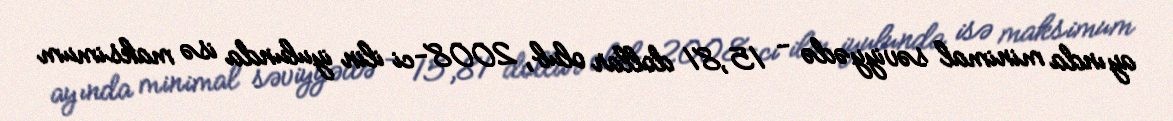
ayında minimal səviyyədə - 15,81 dollar olub, 2008-ci ilin iyulunda isə maksimum